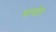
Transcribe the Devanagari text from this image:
चाखेल